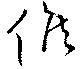
候